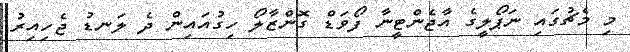
މި މެޗުގައި ނަޕޯލީގެ އާޖެންޓީނާ ފޯވަޑް ގޮންޒާލޯ ހިގުއައިން ދެ ލަނޑު ޖެހިއިރު